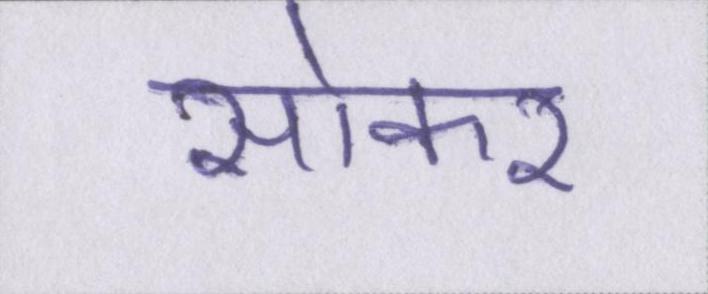
सोकर